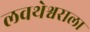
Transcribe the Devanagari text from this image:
लवथेश्वराला